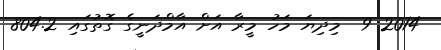
2014 9  މިދިޔަ މަހު މީރާ އަށް އާމްދަނީގެ ގޮތުގައި 804.2